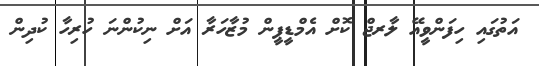
އަތުގައި ހިފަންވީއޭ ލާރޖް ކޮށް އެމްޑީޕީން މުޒާހަރާ އަށް ނިކުންނަ ހުރިހާ ކުދިން